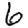
Digit: 6